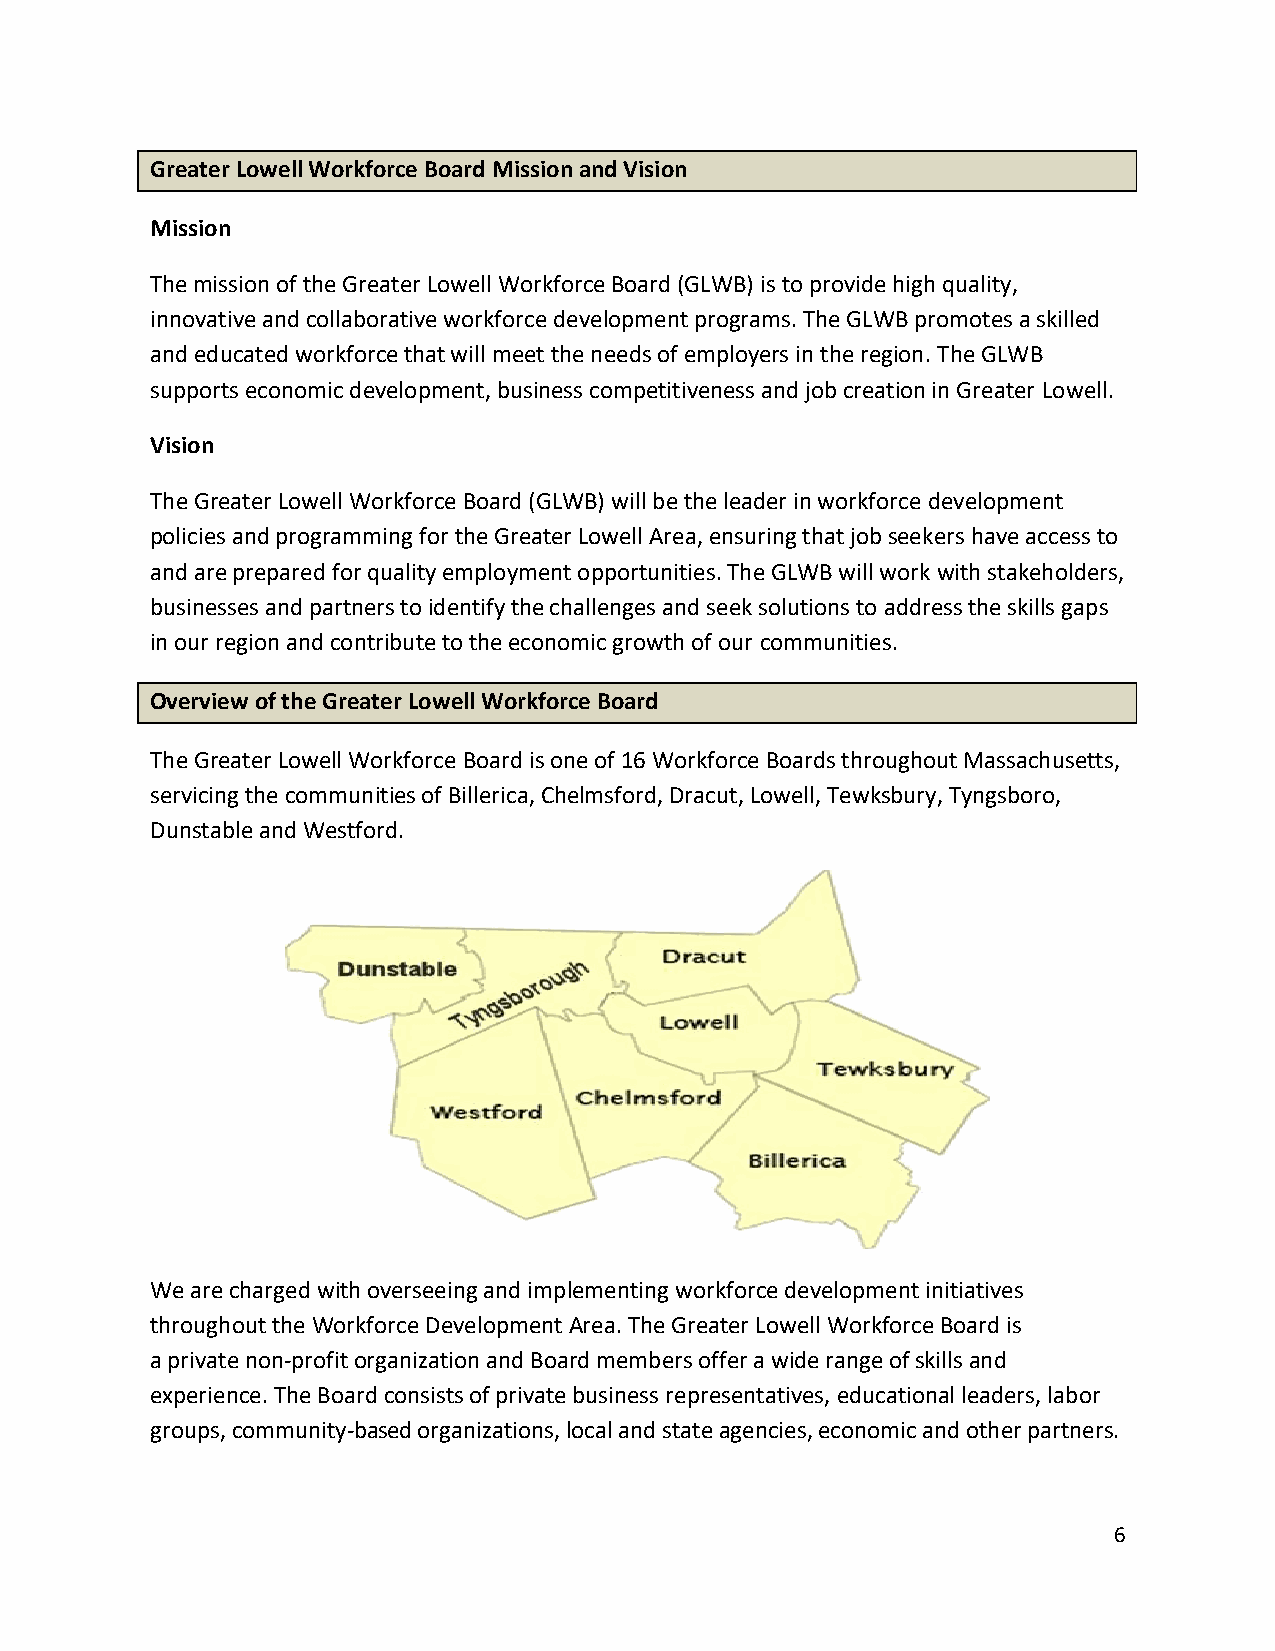
Greater Lowell Workforce Board Mission and Vision
 Mission
 The mission of the Greater Lowell Workforce Board (GLWB) is to provide high quality,
 innovative and collaborative workforce development programs. The GLWB promotes a skilled
 and educated workforce that will meet the needs of employers in the region. The GLWB
 supports economic development, business competitiveness and job creation in Greater Lowell.
 Vision
 The Greater Lowell Workforce Board (GLWB) will be the leader in workforce development
 policies and programming for the Greater Lowell Area, ensuring that job seekers have access to
 and are prepared for quality employment opportunities. The GLWB will work with stakeholders,
 businesses and partners to identify the challenges and seek solutions to address the skills gaps
 in our region and contribute to the economic growth of our communities.
 Overview of the Greater Lowell Workforce Board
 The Greater Lowell Workforce Board is one of 16 Workforce Boards throughout Massachusetts,
 servicing the communities of Billerica, Chelmsford, Dracut, Lowell, Tewksbury, Tyngsboro,
 Dunstable and Westford.
 We are charged with overseeing and implementing workforce development initiatives
 throughout the Workforce Development Area. The Greater Lowell Workforce Board is
 a private non‐profit organization and Board members offer a wide range of skills and
 experience. The Board consists of private business representatives, educational leaders, labor
 groups, community-based organizations, local and state agencies, economic and other partners.
 6